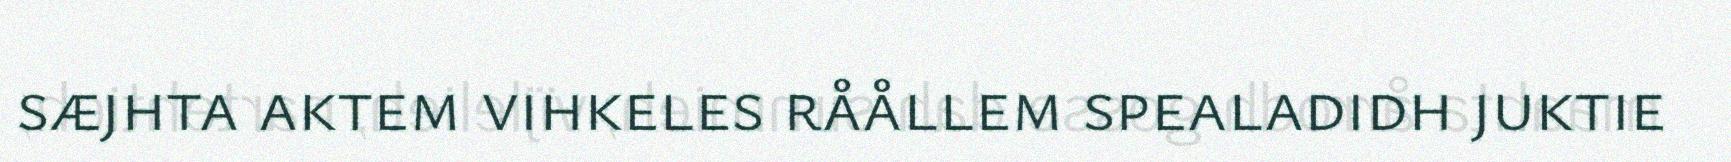
sæjhta aktem vihkeles råållem spealadidh juktie